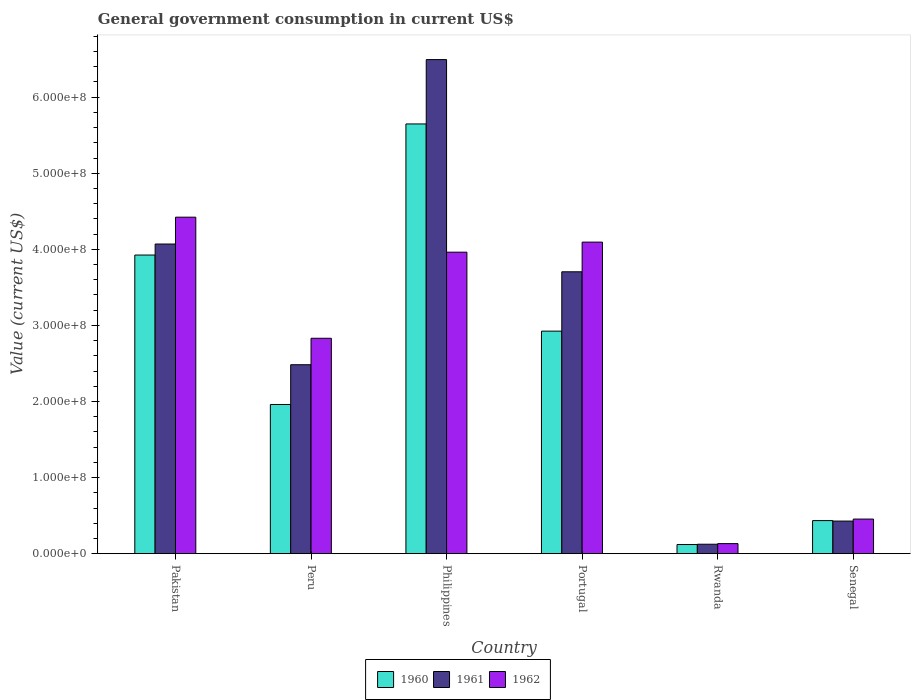
| Country | 1960 | 1961 | 1962 |
 | --- | --- | --- | --- |
 | Pakistan | 3.92e+08 | 4.07e+08 | 4.42e+08 |
 | Peru | 1.96e+08 | 2.48e+08 | 2.83e+08 |
 | Philippines | 5.65e+08 | 6.49e+08 | 3.96e+08 |
 | Portugal | 2.92e+08 | 3.7e+08 | 4.09e+08 |
 | Rwanda | 1.2e+07 | 1.24e+07 | 1.32e+07 |
 | Senegal | 4.35e+07 | 4.28e+07 | 4.55e+07 |